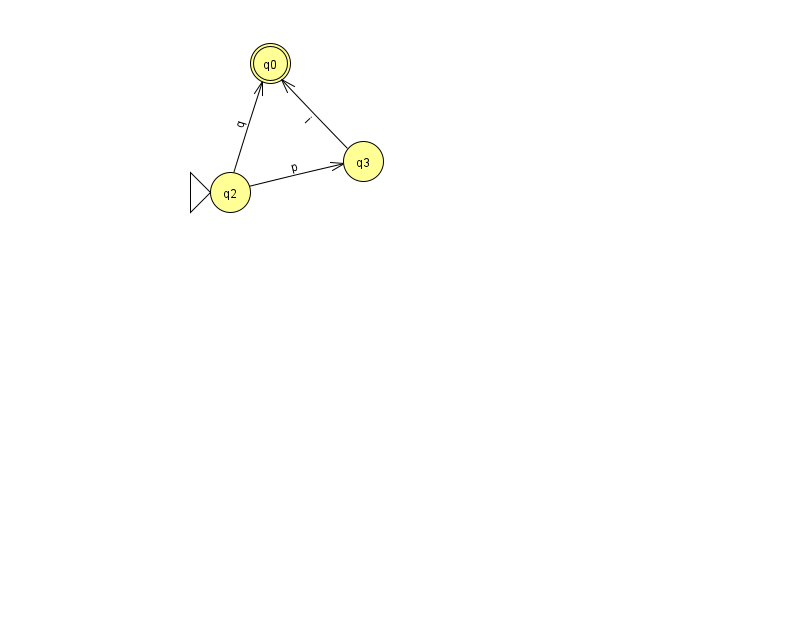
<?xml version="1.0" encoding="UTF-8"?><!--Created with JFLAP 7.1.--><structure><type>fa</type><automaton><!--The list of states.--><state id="0" name="q0"><x>270.0</x><y>50.0</y><final/></state><state id="2" name="q2"><x>230.0</x><y>179.0</y><initial/></state><state id="3" name="q3"><x>363.0</x><y>148.0</y></state><!--The list of transitions.--><transition><from>2</from><to>3</to><read>p</read></transition><transition><from>3</from><to>0</to><read>i</read></transition><transition><from>2</from><to>0</to><read>q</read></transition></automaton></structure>